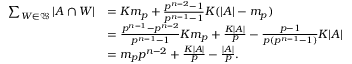
\begin{array} { r l } { \sum _ { W \in \mathfrak { W } } \vert A \cap W \vert } & { = K m _ { p } + \frac { p ^ { n - 2 } - 1 } { p ^ { n - 1 } - 1 } K ( \vert A \vert - m _ { p } ) } \\ & { = \frac { p ^ { n - 1 } - p ^ { n - 2 } } { p ^ { n - 1 } - 1 } K m _ { p } + \frac { K \vert A \vert } { p } - \frac { p - 1 } { p ( p ^ { n - 1 } - 1 ) } K \vert A \vert } \\ & { = m _ { p } p ^ { n - 2 } + \frac { K \vert A \vert } { p } - \frac { \vert A \vert } { p } . } \end{array}